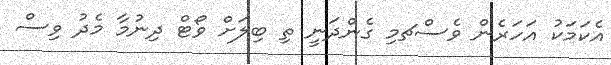
އެކަމަކު އަހަރެން ވެސްޗމި ގެންދަނީ ތި ބިލަށް ވޯޓް ދިނުމާ މެދު ވިސް